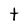
Character: t